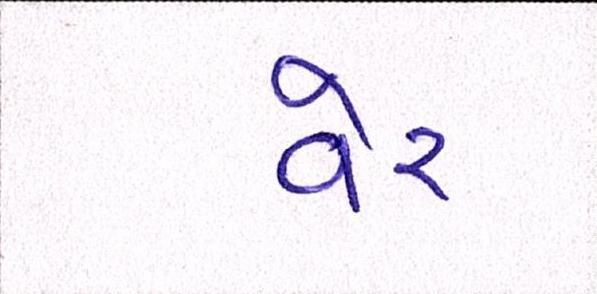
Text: વેર